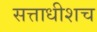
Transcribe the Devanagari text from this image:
सत्ताधीशच